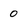
Character: 0